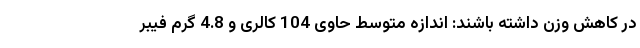
در کاهش وزن داشته باشند: اندازه متوسط حاوی 104 کالری و 4.8 گرم فیبر